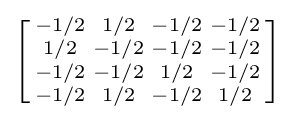
\left[{\begin{smallmatrix}-1/2&1/2&-1/2&-1/2\\1/2&-1/2&-1/2&-1/2\\-1/2&-1/2&1/2&-1/2\\-1/2&1/2&-1/2&1/2\\\end{smallmatrix}}\right]